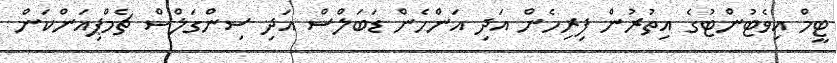
ޓީމް އިވެޓުންޓުގެ އިތުރުން ފިރިހެން އަދި އަންހެން ޑަބަލްސް އަދި ސިންގަލްސް ޗެމްޕިއަންކަން